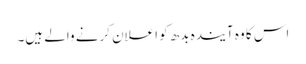
اس کا وہ آیندہ بدھ کو اعلان کرنے والے ہیں۔